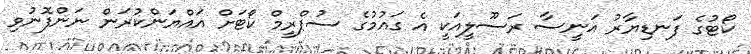
ކޯޓުގެ ފަނޑިޔާރު އަނީސާ ރަސޫލީއަކީ އެ ގައުމުގެ ސުޕްރީމް ކޯޓަށް އައްޔަންކުރަން ނަންފޮނުވި